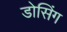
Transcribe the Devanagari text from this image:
डोसिंग